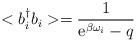
LaTeX: \begin{align*}< b_i^{\dagger} b_i > = { 1 \over {\rm e}^{ \beta \omega_i } - q }\end{align*}